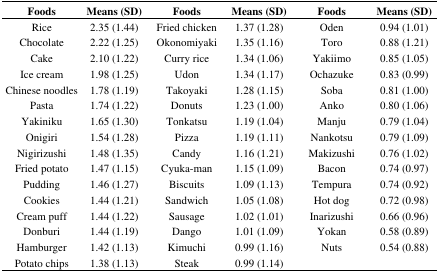
| Foods | Means (SD) | Foods | Means (SD) | Foods | Means (SD) |
 | --- | --- | --- | --- | --- | --- |
 | Rice | 2.35 (1.44) | Fried chicken | 1.37 (1.28) | Oden | 0.94 (1.01) |
 | Chocolate | 2.22 (1.25) | Okonomiyaki | 1.35 (1.16) | Toro | 0.88 (1.21) |
 | Cake | 2.10 (1.22) | Curry rice | 1.34 (1.06) | Yakiimo | 0.85 (1.05) |
 | Ice cream | 1.98 (1.25) | Udon | 1.34 (1.17) | Ochazuke | 0.83 (0.99) |
 | Chinese noodles | 1.78 (1.19) | Takoyaki | 1.28 (1.15) | Soba | 0.81 (1.00) |
 | Pasta | 1.74 (1.22) | Donuts | 1.23 (1.00) | Anko | 0.80 (1.06) |
 | Yakiniku | 1.65 (1.30) | Tonkatsu | 1.19 (1.04) | Manju | 0.79 (1.04) |
 | Onigiri | 1.54 (1.28) | Pizza | 1.19 (1.11) | Nankotsu | 0.79 (1.09) |
 | Nigirizushi | 1.48 (1.35) | Candy | 1.16 (1.21) | Makizushi | 0.76 (1.02) |
 | Fried potato | 1.47 (1.15) | Cyuka-man | 1.15 (1.09) | Bacon | 0.74 (0.97) |
 | Pudding | 1.46 (1.27) | Biscuits | 1.09 (1.13) | Tempura | 0.74 (0.92) |
 | Cookies | 1.44 (1.21) | Sandwich | 1.05 (1.08) | Hot dog | 0.72 (0.98) |
 | Cream puff | 1.44 (1.22) | Sausage | 1.02 (1.01) | Inarizushi | 0.66 (0.96) |
 | Donburi | 1.44 (1.19) | Dango | 1.01 (1.09) | Yokan | 0.58 (0.89) |
 | Hamburger | 1.42 (1.13) | Kimuchi | 0.99 (1.16) | Nuts | 0.54 (0.88) |
 | Potato chips | 1.38 (1.13) | Steak | 0.99 (1.14) |  |  |